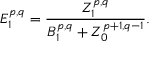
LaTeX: E _ { 1 } ^ { p , q } = { \frac { Z _ { 1 } ^ { p , q } } { B _ { 1 } ^ { p , q } + Z _ { 0 } ^ { p + 1 , q - 1 } } } .